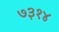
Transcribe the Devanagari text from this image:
७३१४